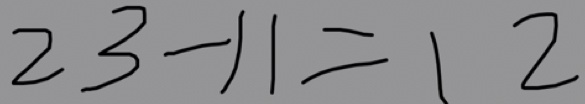
2 3 - 1 1 = 1 2